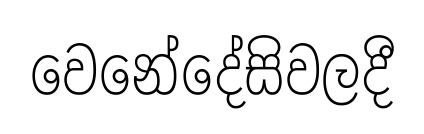
වෙනේදේසිවලදී